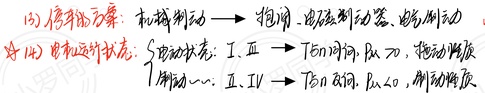
(2) 停车现象：机械制动→抱闸、电磁制动器、能耗制动
(3) 电机运行状态：
    - 电动状态：Ⅰ、Ⅱ→ \(T_{em}\) 同向， \(n\neq0\)，拖动性质
    - 制动：Ⅱ、Ⅳ→ \(T_{em}\) 反向， \(n\neq0\)，制动性质